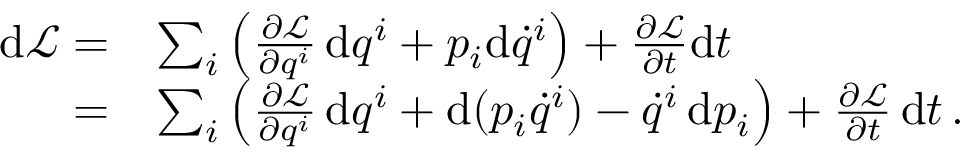
{ \begin{array} { r l } { \mathrm { d } { \mathcal { L } } = } & { \sum _ { i } \left( { \frac { \partial { \mathcal { L } } } { \partial q ^ { i } } } \, \mathrm { d } q ^ { i } + p _ { i } \mathrm { d } { \dot { q } } ^ { i } \right) + { \frac { \partial { \mathcal { L } } } { \partial t } } \mathrm { d } t } \\ { = } & { \sum _ { i } \left( { \frac { \partial { \mathcal { L } } } { \partial q ^ { i } } } \, \mathrm { d } q ^ { i } + \mathrm { d } ( p _ { i } { \dot { q } } ^ { i } ) - { \dot { q } } ^ { i } \, \mathrm { d } p _ { i } \right) + { \frac { \partial { \mathcal { L } } } { \partial t } } \, \mathrm { d } t \, . } \end{array} }